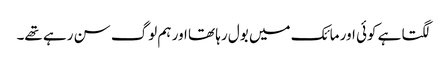
لگتا ہے کوئی اور مائک میں بول رہا تھا اور ہم لوگ سن رہے تھے۔